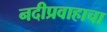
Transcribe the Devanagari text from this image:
नदीप्रवाहाचा